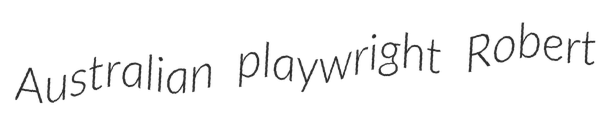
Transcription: Australian playwright Robert